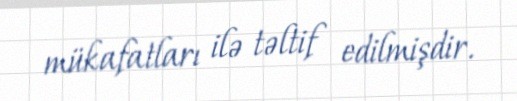
mükafatları ilə təltif edilmişdir.